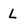
Character: L